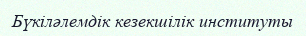
Бүкіләлемдік кезекшілік институты